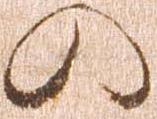
の